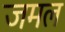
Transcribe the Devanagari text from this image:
जमल